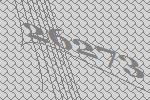
26273